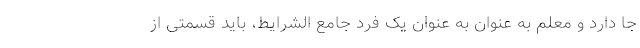
جا دارد و معلم به عنوان به عنوان یک فرد جامع الشرایط، باید قسمتی از